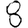
Digit: 8